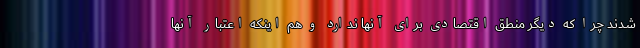
شدند چرا که دیگر منطق اقتصادی برای آنها ندارد و هم اینکه اعتبار آنها